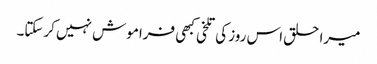
میرا حلق اس روز کی تلخی کبھی فراموش نہیں کرسکتا۔